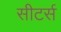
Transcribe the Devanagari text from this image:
सीटर्स